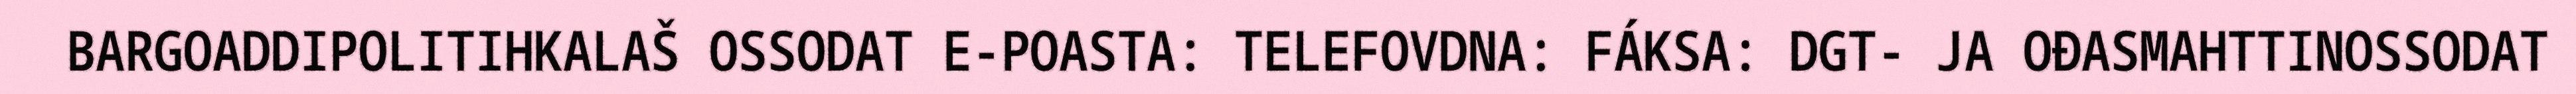
BARGOADDIPOLITIHKALAŠ OSSODAT E-POASTA: TELEFOVDNA: FÁKSA: DGT- JA OĐASMAHTTINOSSODAT